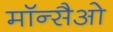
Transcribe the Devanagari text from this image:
मॉन्सैओ